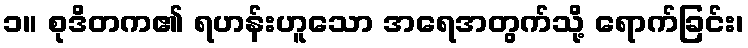
၁။ စုဒိတက၏ ရဟန်းဟူသော အရေအတွက်သို့ ရောက်ခြင်း၊